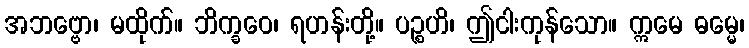
အဘဗ္ဗော၊ မထိုက်။ ဘိက္ခဝေ၊ ရဟန်းတို့။ ပဉ္စဟိ၊ ဤငါးကုန်သော။ ဣမေ ဓမ္မေ၊